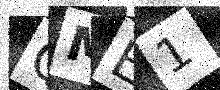
Text: QME1